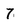
Character: 7